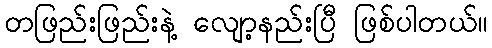
တဖြည်းဖြည်းနဲ့ လျော့နည်းပြီ ဖြစ်ပါတယ်။